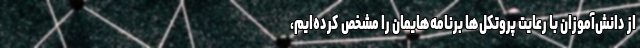
از دانش‌آموزان با رعایت پروتکل‌ها برنامه‌هایمان را مشخص کرده‌ایم،